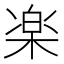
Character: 楽